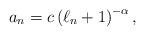
LaTeX: \begin{align*}a_{n}=c\left( \ell_n+1\right) ^{-\alpha },\end{align*}